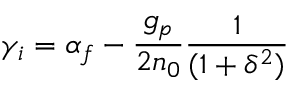
\gamma _ { i } = \alpha _ { f } - \frac { g _ { p } } { 2 n _ { 0 } } \frac { 1 } { ( 1 + \delta ^ { 2 } ) }